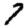
Digit: 7